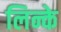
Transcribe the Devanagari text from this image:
लिन्के